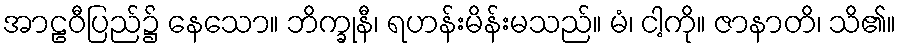
အာဠဝီပြည်၌ နေသော။ ဘိက္ခုနီ၊ ရဟန်းမိန်းမသည်။ မံ၊ ငါ့ကို။ ဇာနာတိ၊ သိ၏။